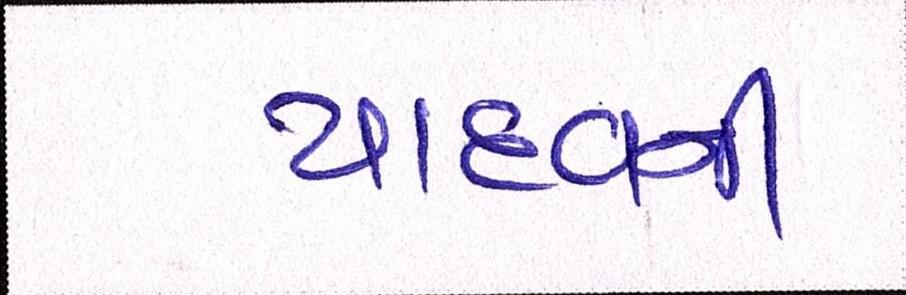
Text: યાદવની